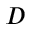
D